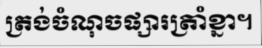
ត្រង់ចំណុចផ្សារត្រាំខ្នា។